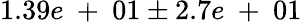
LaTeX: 1.39e\mathrm{~+~}01\pm 2.7e\mathrm{~+~}01